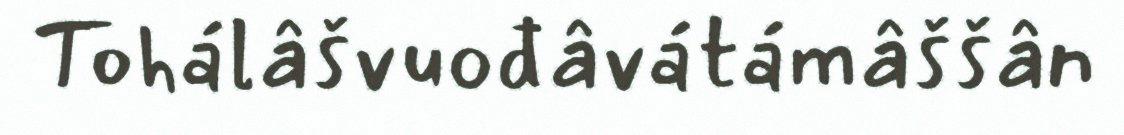
Tohálâšvuođâvátámâššân